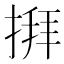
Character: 𢱎